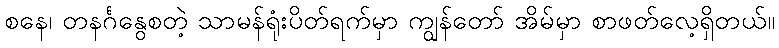
စနေ၊ တနင်္ဂနွေစတဲ့ သာမန်ရုံးပိတ်ရက်မှာ ကျွန်တော် အိမ်မှာ စာဖတ်လေ့ရှိတယ်။